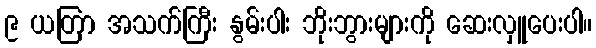
၉ ယတြာ အသက်ကြီး နွမ်းပါး ဘိုးဘွားများကို ဆေးလှူပေးပါ။